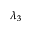
\lambda _ { 3 }